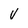
Character: v